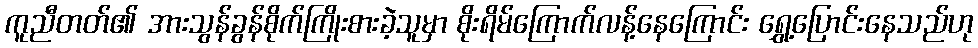
ကူညီတတ်၏ အားသွန်ခွန်စိုက်ကြိုးစားခဲ့သူမှာ စိုးရိမ်ကြောက်လန့်နေကြောင်း ရွှေ့ပြောင်းနေသည်ဟု